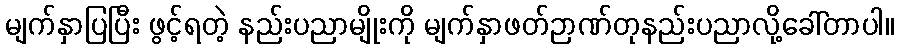
မျက်နှာပြပြီး ဖွင့်ရတဲ့ နည်းပညာမျိုးကို မျက်နှာဖတ်ဉာဏ်တုနည်းပညာလို့ခေါ်တာပါ။